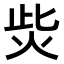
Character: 𤇬